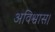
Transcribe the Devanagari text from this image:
अविश्वास।